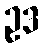
ဥဒ